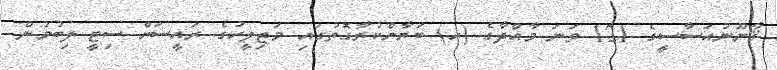
ޤާނޫނުއަސާސީގެ 121 ވަނަ މާއްދާގެ (ހ) ބަޔާންކުރާގޮތުގައި މަޖިލީހުގެ ރައީސަށް ސިޓީ ލިބުމުން